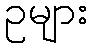
ဥများ